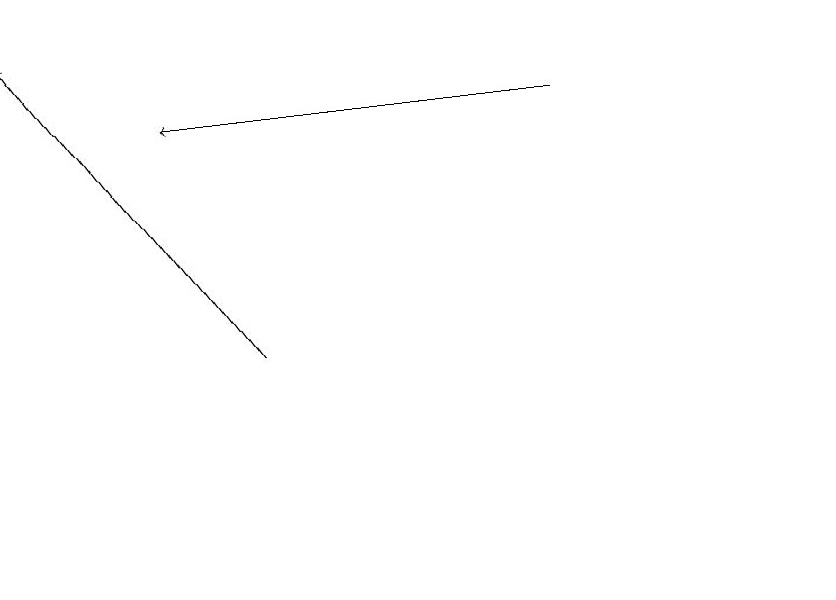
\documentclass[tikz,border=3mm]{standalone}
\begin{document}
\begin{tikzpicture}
\draw[->] (8,18) -- (3,18);
\draw (11,12) circle (0);
\draw[->] (4,15) -- (1,19);
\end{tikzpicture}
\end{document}